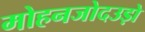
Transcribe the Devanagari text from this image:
मोहनजोदउड़ो